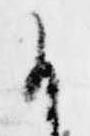
候